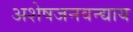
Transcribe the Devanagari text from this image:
अशेषजनवन्द्याय